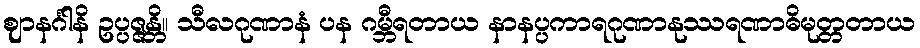
ဈာနင်္ဂါနိ ဥပ္ပဇ္ဇန္တိ။ သီလဂုဏာနံ ပန ဂမ္ဘီရတာယ နာနပ္ပကာရဂုဏာနုဿရဏာဓိမုတ္တတာယ